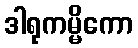
ဒါရုကမ္မိကော